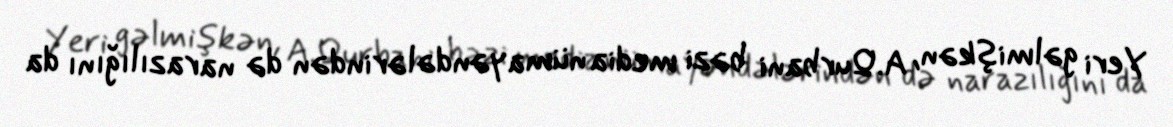
Yeri gəlmişkən, A.Qurbani bəzi media nümayəndələrindən də narazılığını da